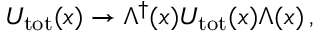
U _ { \mathrm { t o t } } ( x ) \to \Lambda ^ { \dagger } ( x ) U _ { \mathrm { t o t } } ( x ) \Lambda ( x ) \, ,